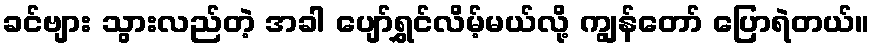
ခင်ဗျား သွားလည်တဲ့ အခါ ပျော်ရွှင်လိမ့်မယ်လို့ ကျွန်တော် ပြောရဲတယ်။